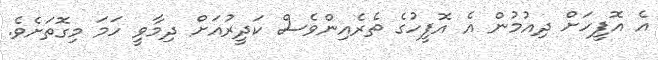
އެ އޮފީހަށް ދިއުމުން އެ އޮފީހުގެ ތެރެއިންވެސް ކަދީރުއަށް ދިމާވީ ހަމަ މިގޮތަށެވެ.